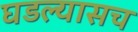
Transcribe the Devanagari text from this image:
घडल्यासच